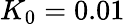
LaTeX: K_{0}=0.01